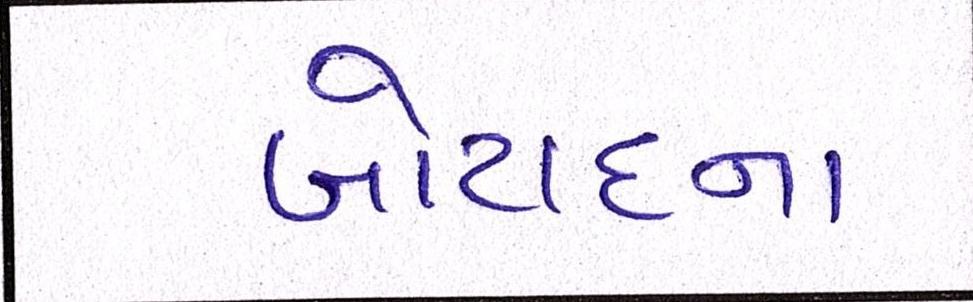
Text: બોટાદના